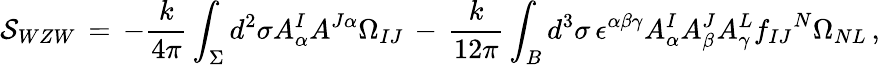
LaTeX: {\cal S}_{WZW}\, =\, -\frac{k}{4\pi}\int_{\Sigma}d^{2}\sigma A_{\alpha}^{I}A^{J\alpha}\Omega_{IJ}\, -\, \frac{k}{12\pi}\int_{B}d^{3}\sigma\, \epsilon^{\alpha\beta\gamma}A_{\alpha}^{I}A_{\beta}^{J}A_{\gamma}^{L}{f_{IJ}}^{N}\Omega_{NL}\, ,